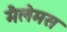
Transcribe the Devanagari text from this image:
मैलेमस